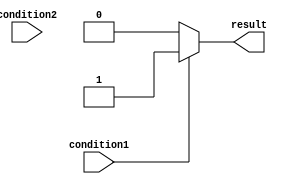
module if_else_verilog (
    input wire condition1,
    input wire condition2,
    output reg result
);

always @ (condition1 or condition2)
begin
    if (condition1) begin
        // Block of code to execute if condition1 is true
        result <= 1'b1;
    end
    else if (condition2) begin
        // Block of code to execute if condition2 is true
        result <= 1'b0;
    end
    else begin
        // Default action if none of the conditions are met
        result <= 1'b0;
    end
end

endmodule